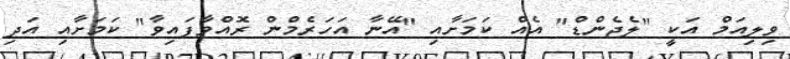
ވިލިއަމް އަކީ "ލެޖެންޑް" އެއް ކަމަށާއި "އޭނާ އަހަރެމްން ރޮއްވާފައިވާ" ކަމަށާއި އަދި